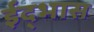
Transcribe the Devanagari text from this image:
ईद्भास